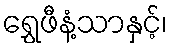
ရွှေဖီနံ့သာနှင့်၊